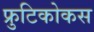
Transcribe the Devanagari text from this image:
फ्रुटिकोकस